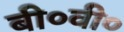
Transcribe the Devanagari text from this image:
बी०वी०